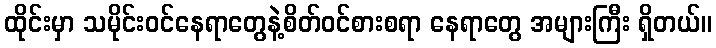
ထိုင်းမှာ သမိုင်းဝင်နေရာတွေနဲ့စိတ်ဝင်စားစရာ နေရာတွေ အများကြီး ရှိတယ်။